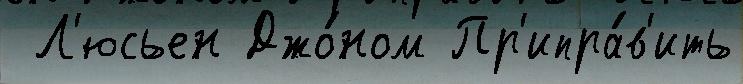
 Л'юсьен Джо́ном Пр'ипра́в'ить